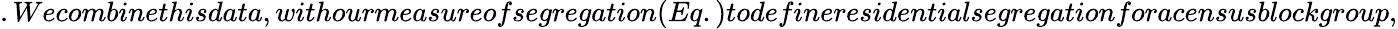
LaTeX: .Wecombinethisdata,withourmeasureofsegregation(Eq.)todefineresidentialsegregationforacensusblockgroup,